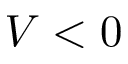
V < 0